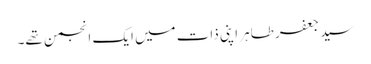
سید جعفر طاہر اپنی ذات میں ایک انجمن تھے۔